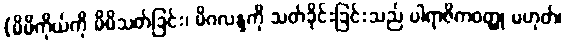
(မိမိကိုယ်ကို မိမိသတ်ခြင်း၊ မိဂလန္ဒကို သတ်ခိုင်းခြင်းသည် ပါရာဇိကဝတ္ထု မဟုတ်၊